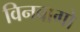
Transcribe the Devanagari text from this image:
विनबागो